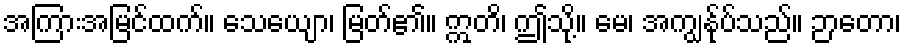
အကြားအမြင်ထက်။ သေယျော၊ မြတ်၏။ ဣတိ၊ ဤသို့။ မေ၊ အကျွန်ုပ်သည်။ ဉာတော၊